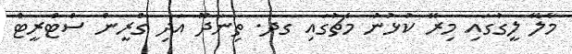
މާލޭ ލީގުގައި މިރޭ ކުޅުނު މެޗުގައި ގދ. ތިނަދޫ އަދި ގްރީން ސްޓްރީޓް